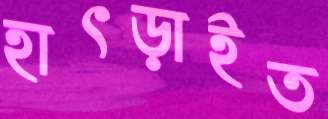
হাৎড়াইত